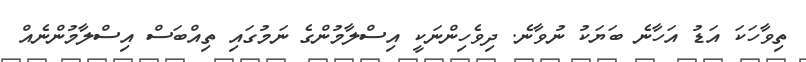
ތިވާހަކަ އަޑު އަހާނެ ބަޔަކު ނުވާނެ. ދިވެހިންނަކީ އިސްލާމުންގެ ނަމުގައި ތިއްބަސް އިސްލާމުންނެއް